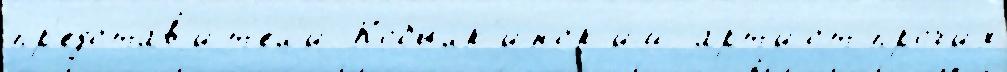
пр'едстав'и́т'ел'и Кобылк'инск'ий арт'и́ст про́чих